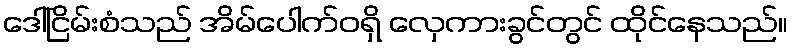
ဒေါ်ငြိမ်းစံသည် အိမ်ပေါက်ဝရှိ လှေကားခွင်တွင် ထိုင်နေသည်။